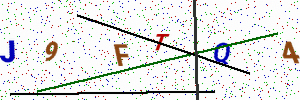
Text: J9FTQ4